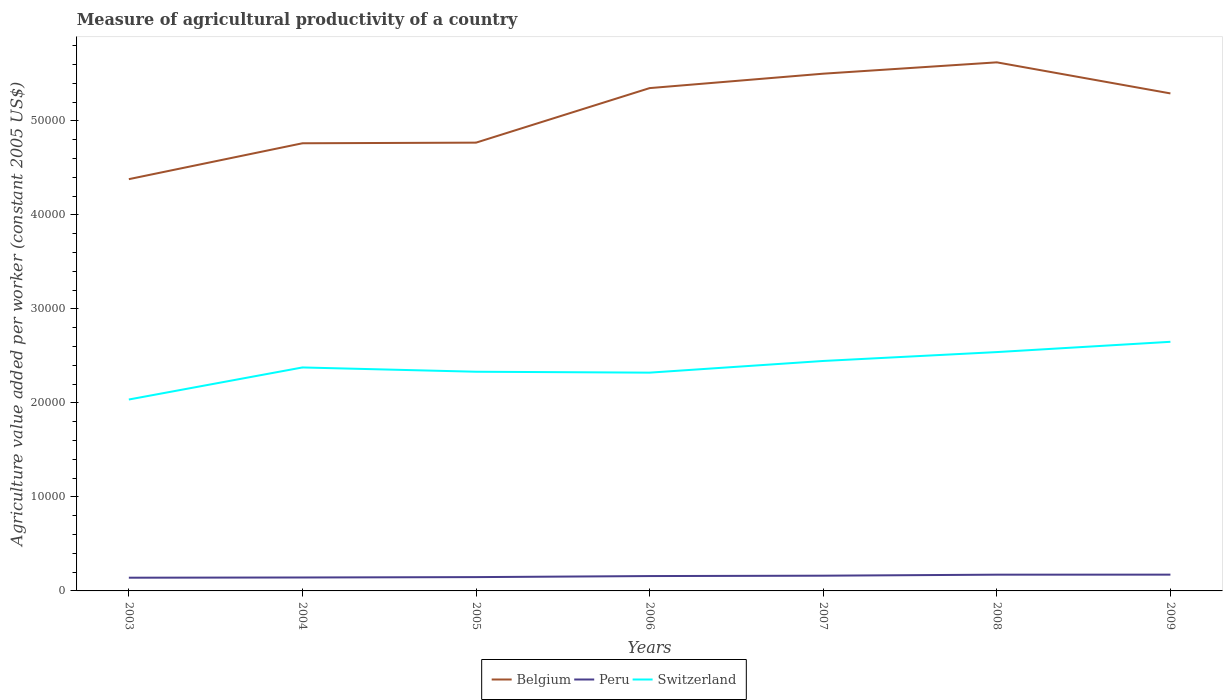
| Years | Belgium | Peru | Switzerland |
 | --- | --- | --- | --- |
 | 2003 | 4.38e+04 | 1.41e+03 | 2.04e+04 |
 | 2004 | 4.76e+04 | 1.43e+03 | 2.38e+04 |
 | 2005 | 4.77e+04 | 1.47e+03 | 2.33e+04 |
 | 2006 | 5.35e+04 | 1.58e+03 | 2.32e+04 |
 | 2007 | 5.5e+04 | 1.62e+03 | 2.45e+04 |
 | 2008 | 5.62e+04 | 1.73e+03 | 2.54e+04 |
 | 2009 | 5.29e+04 | 1.73e+03 | 2.65e+04 |